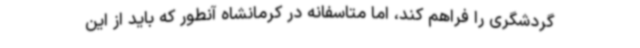
گردشگری را فراهم کند، اما متاسفانه در کرمانشاه آنطور که باید از این